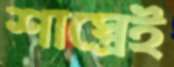
শাস্ত্রেই